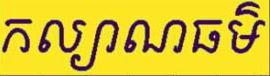
កល្យាណធម៍